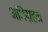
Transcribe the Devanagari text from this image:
अधिग्रहन